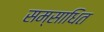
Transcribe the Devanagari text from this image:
सम्साधित